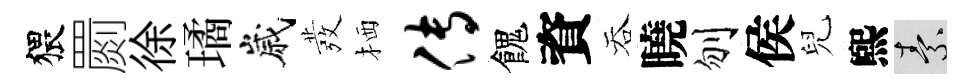
猥罽徐璚嵗發栖传餽資吞曉刎侯兒煕素